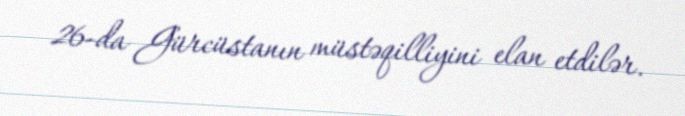
26-da Gürcüstanın müstəqilliyini elan etdilər.